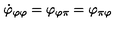
\dot { \varphi } _ { \varphi \varphi } = \varphi _ { \varphi \pi } = \varphi _ { \pi \varphi }